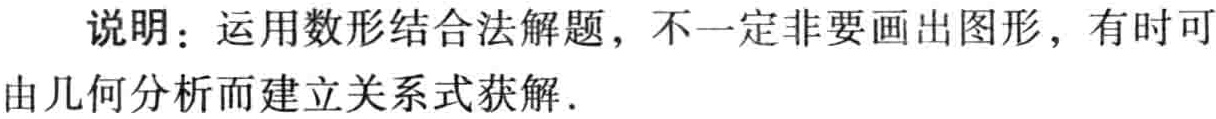
说明：运用数形结合法解题，不一定非要画出图形，有时可由几何分析而建立关系式获解．